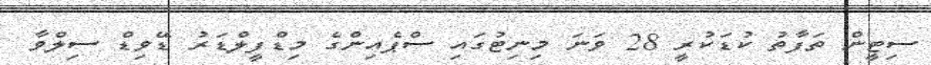
ސިޓީން ތަފާތު ކުޑަކުރީ 28 ވަނަ މިނިޓުގައި ސްޕެއިންގެ މިޑްފީލްޑަރު ޑޭވިޑް ސިލްވާ